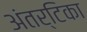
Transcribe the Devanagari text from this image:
अंतर्टिका